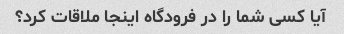
آیا کسی شما را در فرودگاه اینجا ملاقات کرد؟